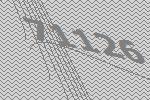
71126